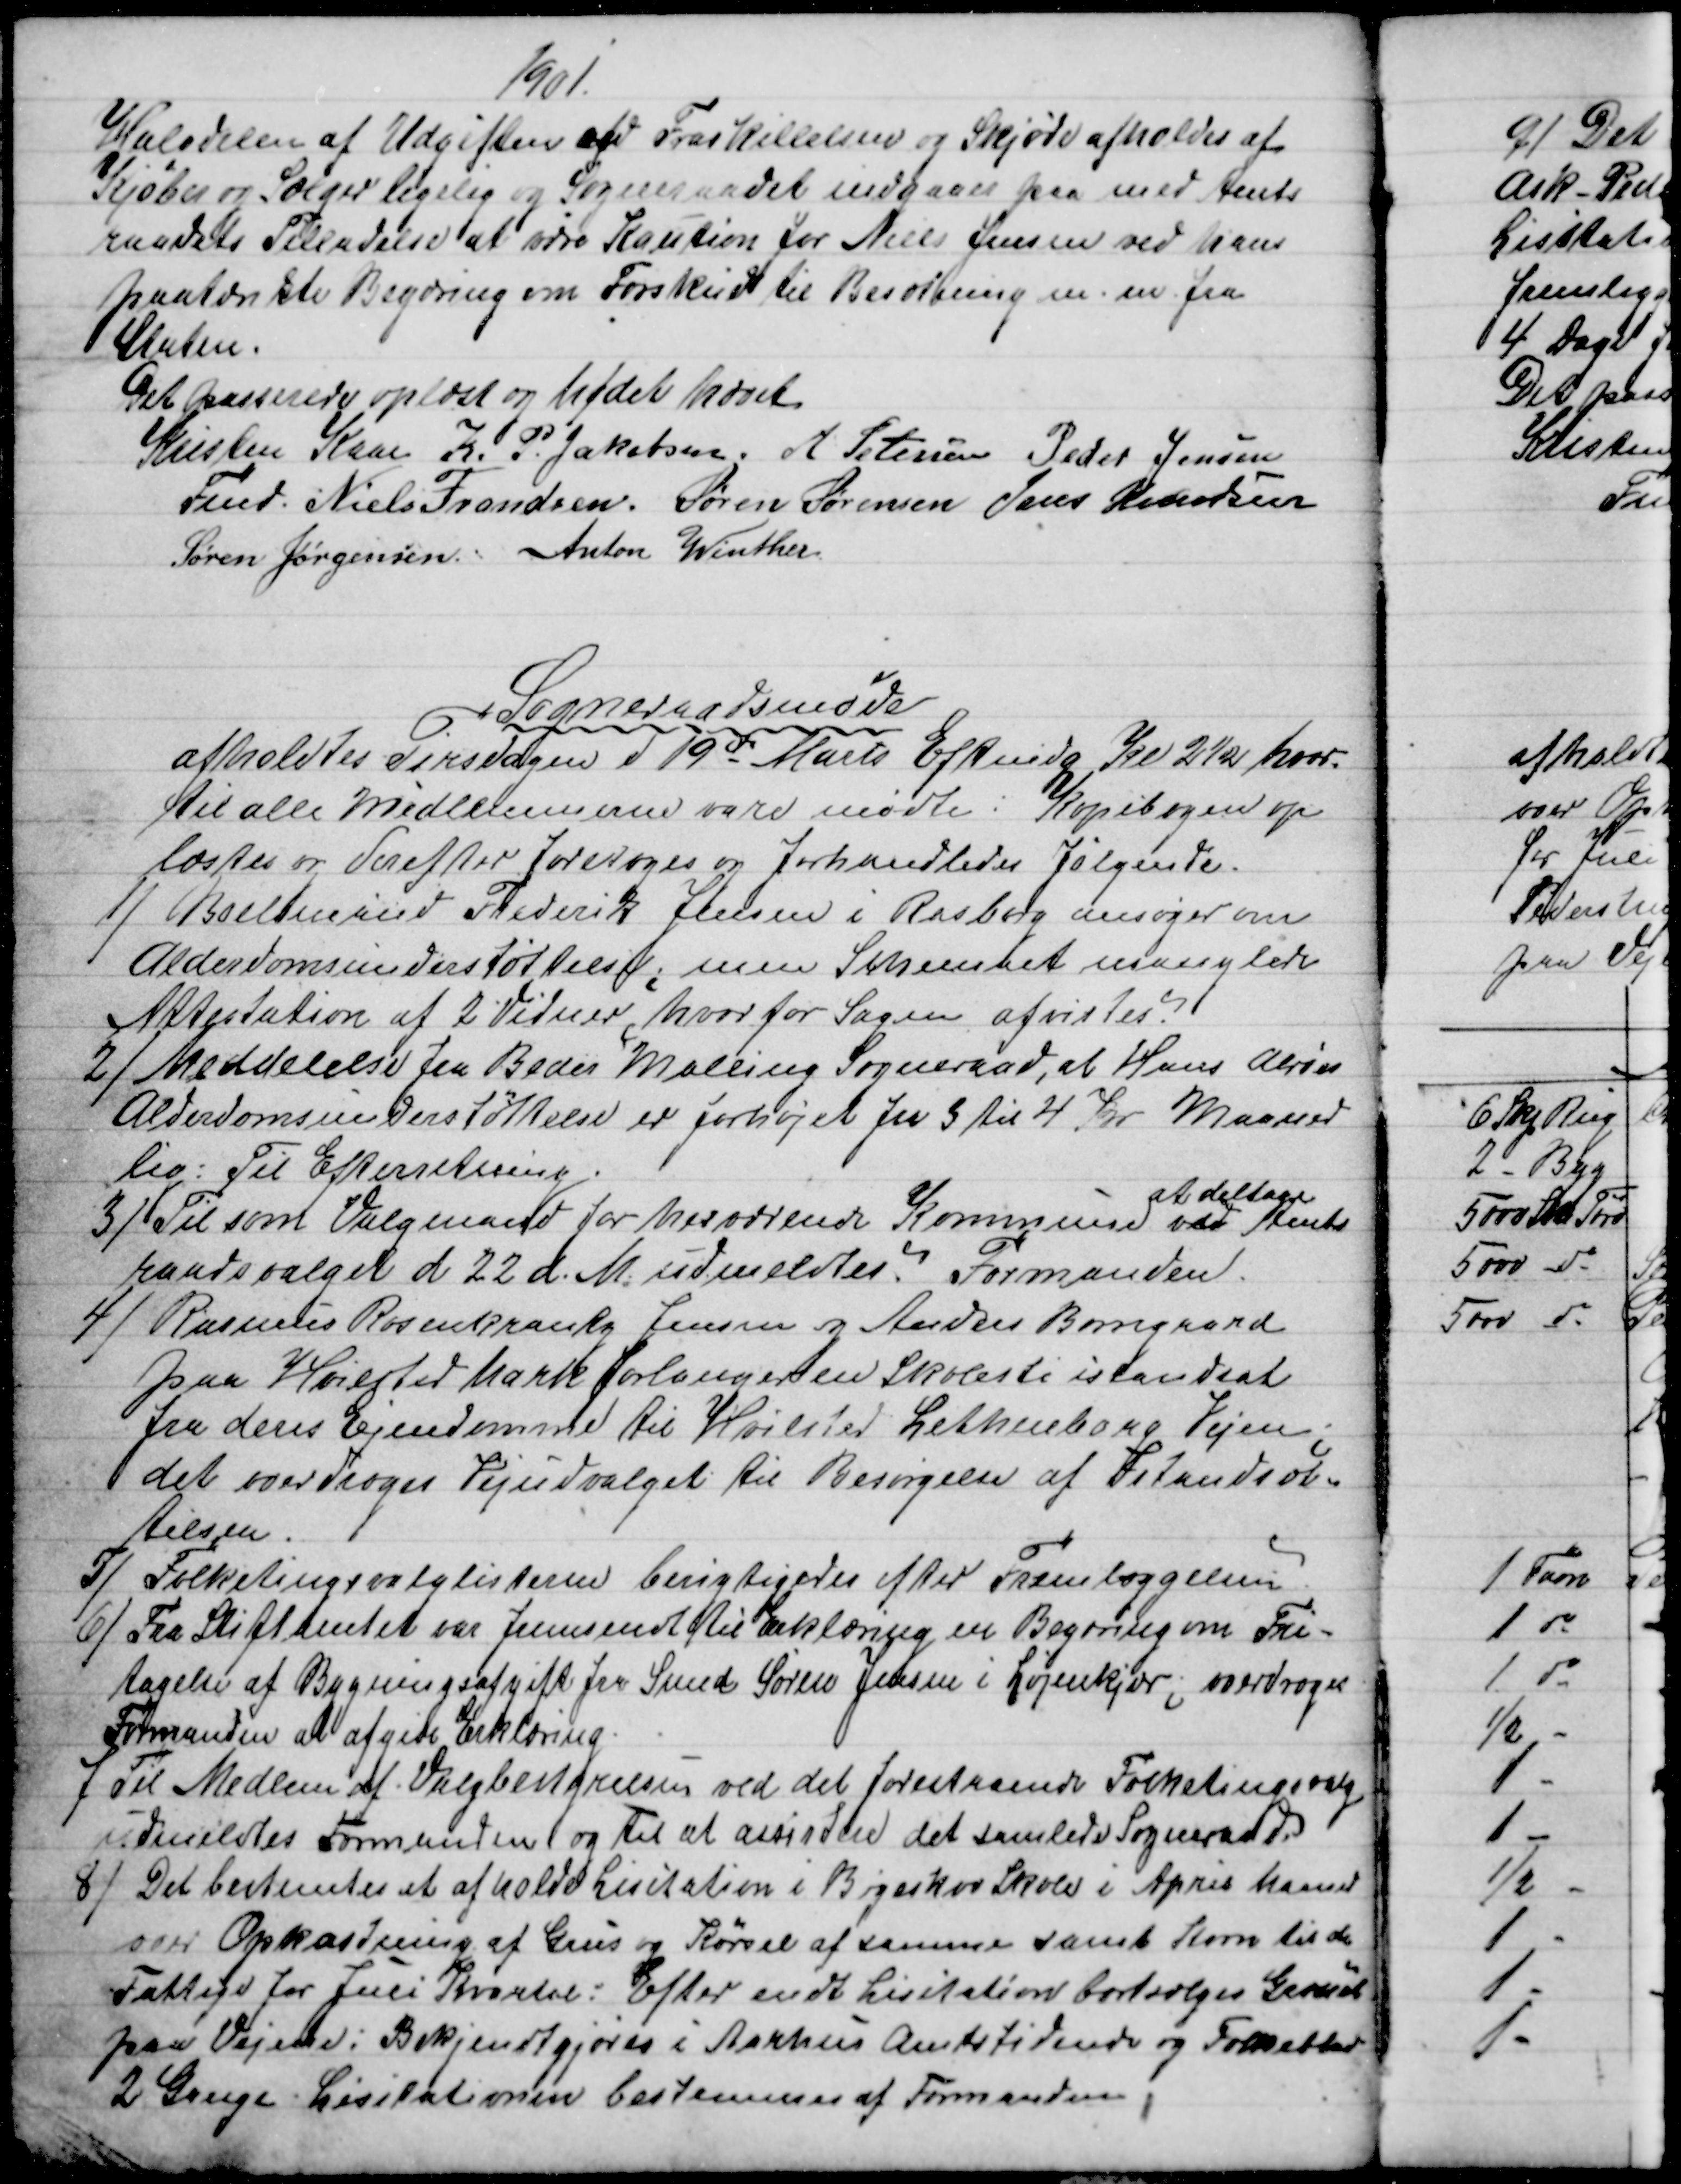
Transskription:
1901.
Halvdelen af Udgiften ved Fraskillelsen og Skjøde afholdes af
Kjøber og Sælger ligelig og Sogneraadet indgaaer paa med Amts
raadets Tilladelse at være Kaution for Niels Jensen ved hans
paatænkte Begæring om Forskud til Besætning m. m. fra
 Staten.
Det passerede oplæst og Mødet hævet
Kristen Kaae
Fmd. 
K. P. Jakobsen. A. Petersen Peder Jensen
Niels Frandsen. Søren Sørensen Jens Knudsen
Søren Jørgensen. Anton Winther
Sogneraadsmøde
afholdtes Tirsdagen d 19de Marts Eftmdg Kl 2½ hvor-
til alle Medlemmerne vare mødte. Kopibogen op
læstes og derefter foretoges og forhandledes Følgende.
1)
Boelsmand Frederik Jensen i Rasborg ansøger om
Alderdomsunderstøttelse; men Schemaet manglede
Attestation af 2 Vidner, hvorfor Sagen afvistes.
2) 
Meddelelse fra Beder Malling Sogneraad, at Hans Alrøes
Alderdomsunderstøttelse er forhøjet fra 3 til 4 Kr Maaned
lig: Til Efterretning.
3) 
Til som Valgmand for herværende Kommune 
at deltage
ved Amts
raadsvalget d 22 d. M. udmeldtes. Formanden.
4) 
Rasmus Rosenkrantz Jensen og Andres Borregaard
paa Hvilsted Mark forlanger en Skolesti istandsat
fra deres Ejendomme til Hvilsted Lethenborg Vejen.
det overdroges Vejudvalget til Besørgelse af Istandsæt-
telsen.
5)
Folketingsvalglisterne berigtigedes efter Fremlæggelsen.
6)
Fra Stiftamtet var fremsendt til Erklæring en Begæring om Fri-
tagelse af Bygningsafgift fra Smed Søren Jensen i Løjenkjær; overdroges
Formanden at afgive Erklæring.
7
Til Medlem af Valgbestyrelsen ved det forestaaende Folketingsvalg
udmeldtes Formanden og til at assistere det samlede Sogneraad.
8) 
Det bestemtes at afholde Lisitation i Bøgeskov Skole i April Maaned
over Opkastning af Grus og Kørsel af samme samt Korn til de
Fattige for Juli Kvartal: Efter endt Lisitation bortsælges Græsset
paa Vejene: Bekjendtgjøres i Aarhus Amtstidende og Folkeblad
2 Gange. Lisitationen bestemmes af Formanden